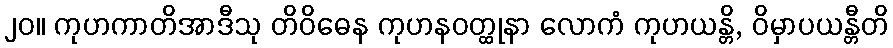
၂၀။ ကုဟကာတိအာဒီသု တိဝိဓေန ကုဟနဝတ္ထုနာ လောကံ ကုဟယန္တိ, ဝိမှာပယန္တီတိ